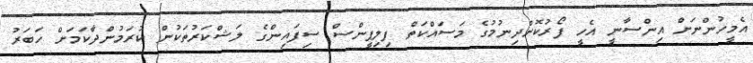
އެމީހުންނަށް އިންސާނީ އެހީ ފޯރުކޮށްދިނުމުގެ މަސައްކަތް ފިލިޕީންސް ސިފައިންގެ ލަޝްކަރުތަކުން ކުރަމުންދާކަމަށް ހަބަރު